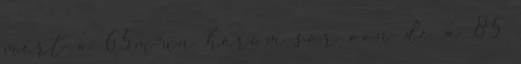
mert a 65m-un három sor van de a 85